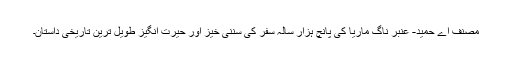
مصنف اے حمید- عنبر ناگ ماریا کی پانچ ہزار سالہ سفر کی سننی خیز اور حیرت انگیز طویل ترین تاریخی داستان۔